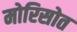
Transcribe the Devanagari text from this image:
मोरिसोत